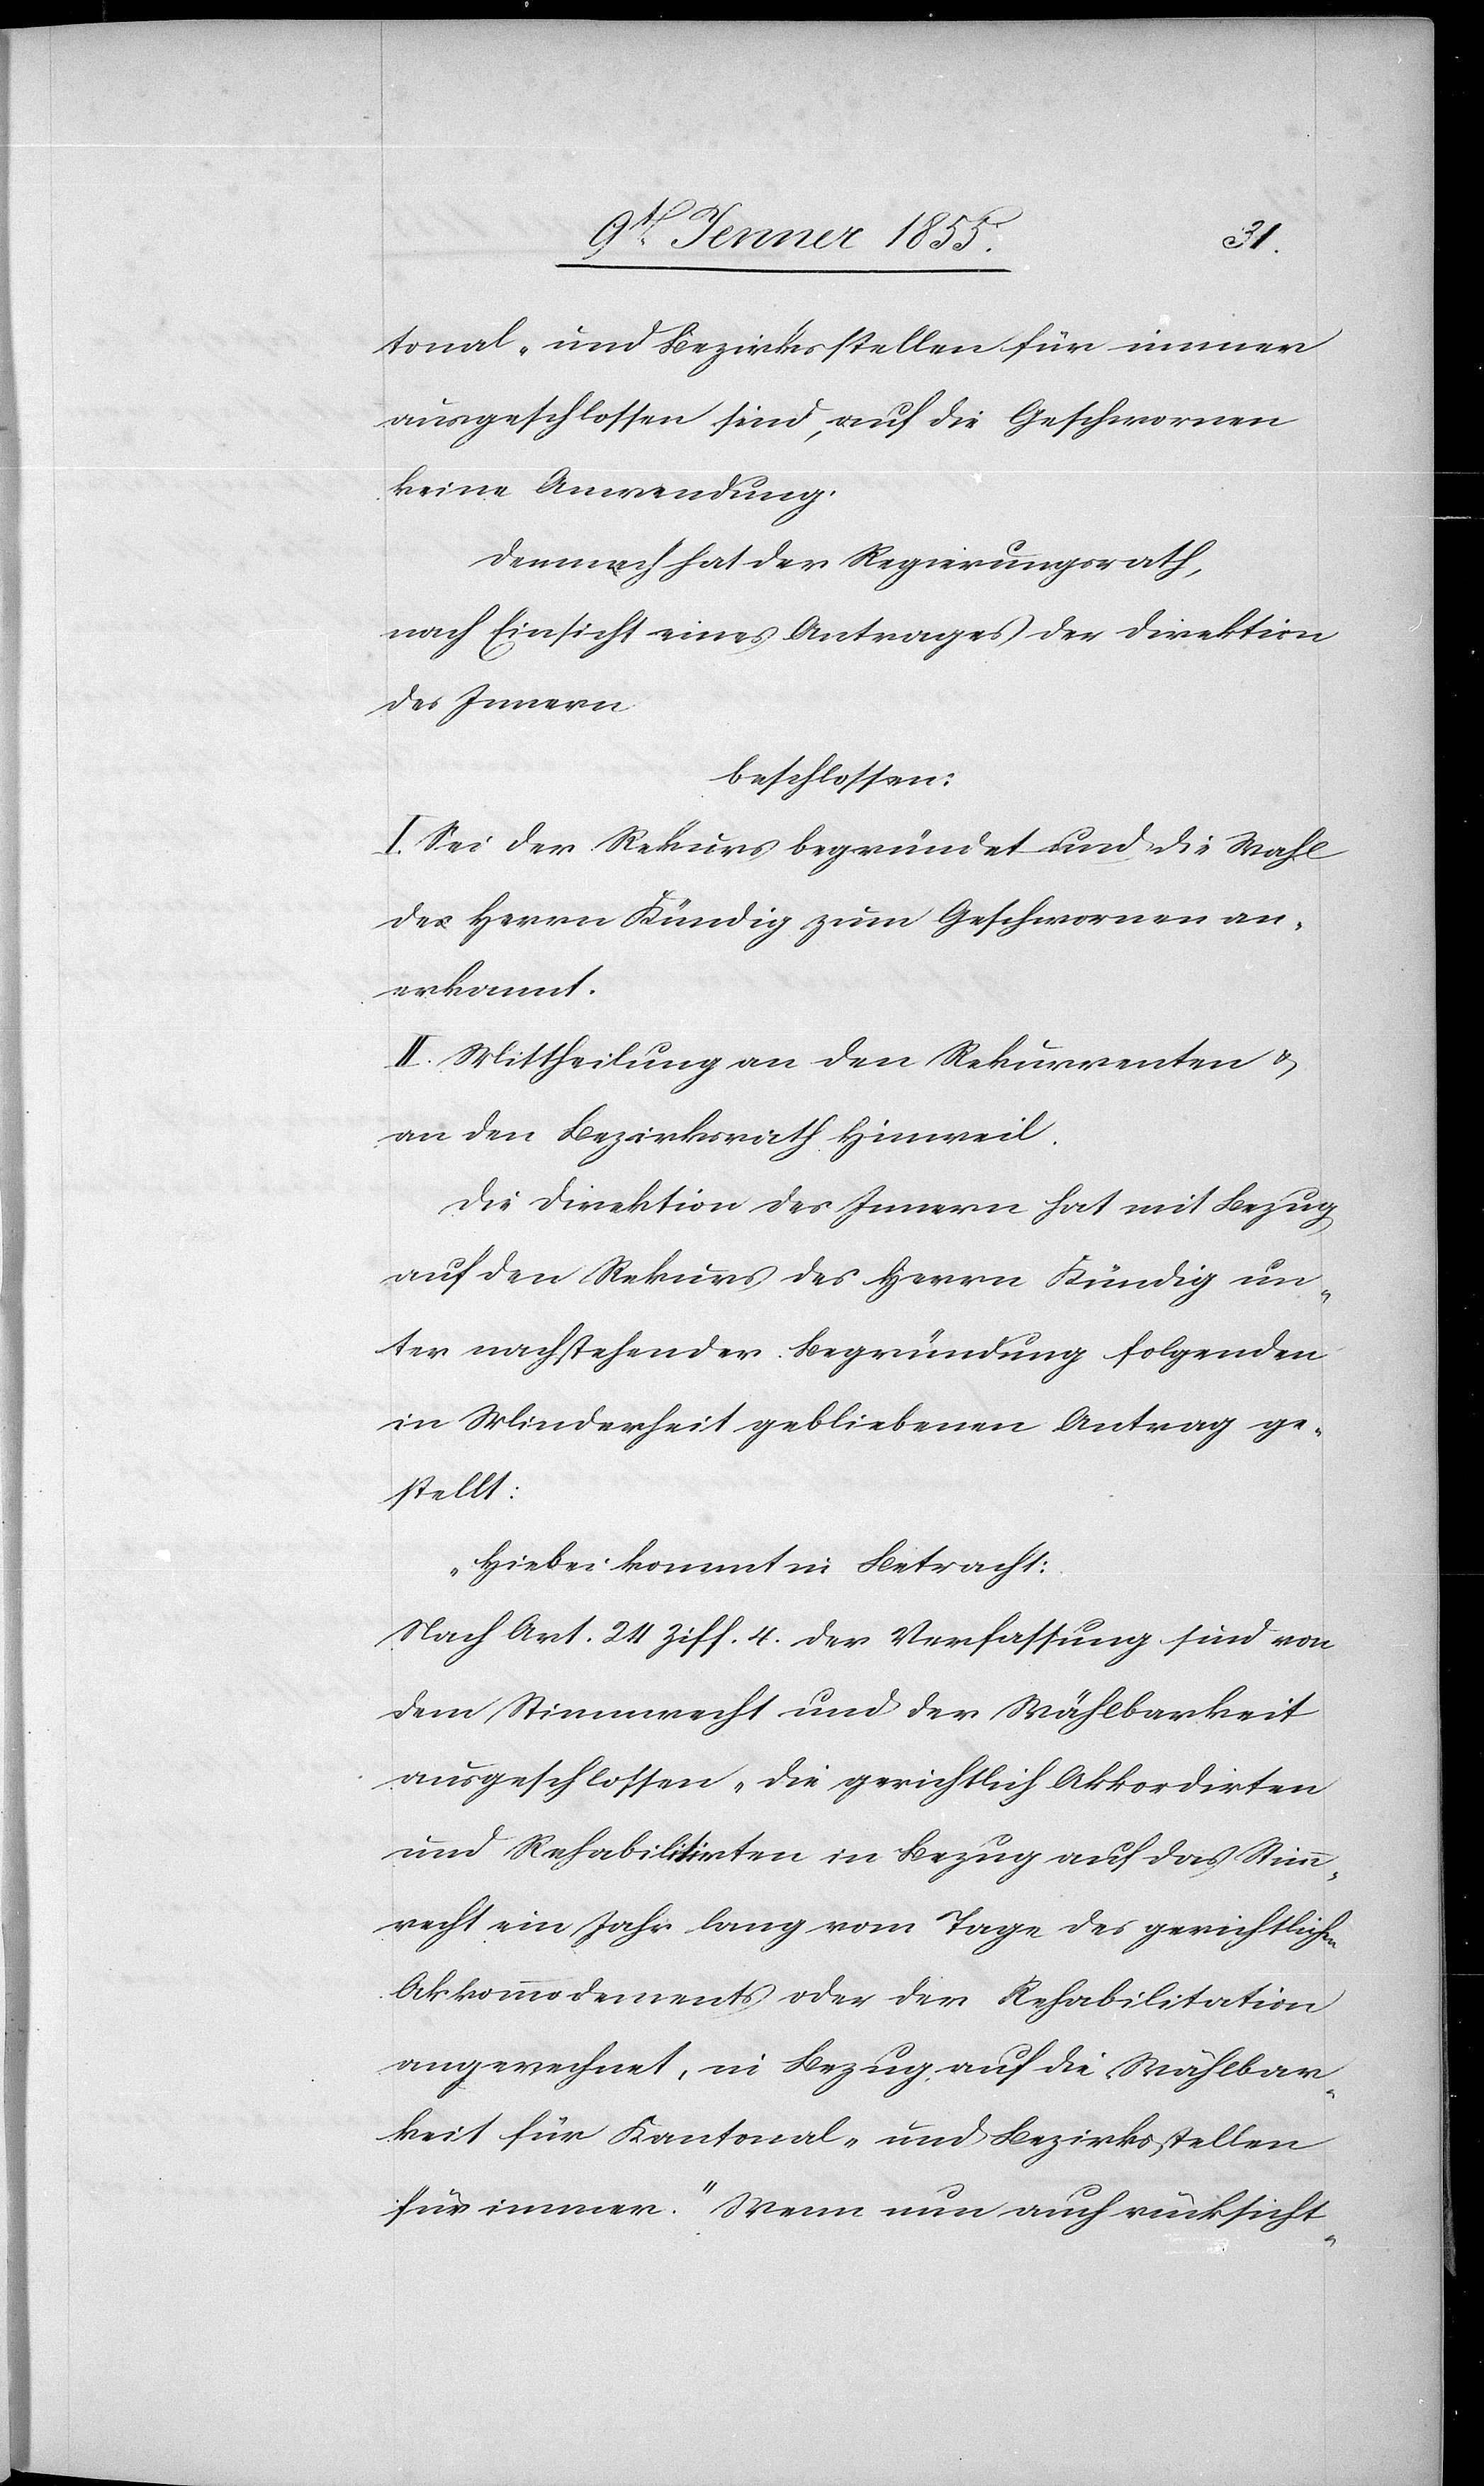
tonal- und Bezirksstellen für immer
ausgeschlossen sind, auf die Geschwornen
keine Anwendung.
Demnach hat der Regierungsrath,
nach Einsicht eines Antrages der Direktion
des Innern
beschlossen:
I. Sei der Rekurs begründet und die Wahl
des Herrn Kündig zum Geschwornen an¬
erkannt.
II. Mittheilung an den Rekurrenten &
an den Bezirksrath Hinweil.
Die Direktion des Innern hat mit Bezug
auf den Rekurs des Herrn Kündig un¬
ter nachstehender Begründung folgenden
in Minderheit gebliebenen Antrag ge¬
stellt:
„Hiebei kommt in Betracht:
Nach Art. 24 Ziff. 4. der Verfassung sind von
dem Stimmrecht und der Wählbarkeit
ausgeschlossen ‚die gerichtlich Akkordirten
und Rehabilitirten in Bezug auf das Stimm¬
recht ein Jahr lang vom Tage des gerichtlichen
Akkommodements oder der Rehabilitation
angerechnet, in Bezug auf die Wählbar¬
keit für Kantonal- und Bezirksstellen
für immer.‘ Wenn nun auch rücksicht-